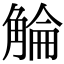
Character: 𧣵